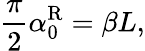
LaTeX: \frac{\pi}{2}\alpha_{0}^{\mathrm{R}}=\beta L,